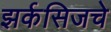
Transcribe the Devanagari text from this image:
झर्कसिजचे